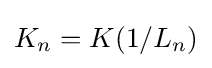
K_{n}=K(1/L_{n})